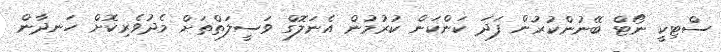
ސްޓިކީ ނޯޓް ބޭނުންކުރުން ފަދަ ކަންކަން ކުރުމުން އެނަލޮގް ވަސީލަތްތަށް މެދުވެރިކޮށް ހަނދާން